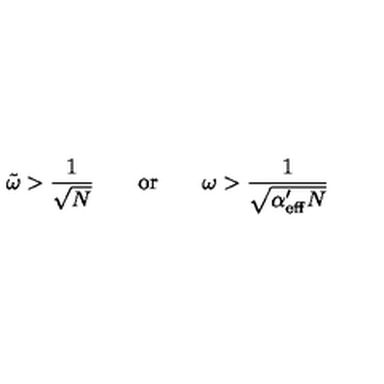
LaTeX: \tilde { \omega } > \frac { 1 } { \sqrt { N } } \qquad \mathrm { o r } \qquad \omega > \frac { 1 } { \sqrt { \alpha _ { \mathrm { e f f } } ^ { \prime } N } }